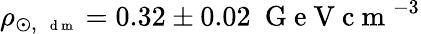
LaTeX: \rho_{\odot,\, \mathrm{~\scriptsize~d~m~}}=0.32\pm 0.02~\mathrm{~G~e~V~c~m~}^{-3}